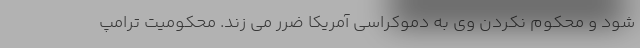
شود و محکوم نکردن وی به دموکراسی آمریکا ضرر می زند. محکومیت ترامپ